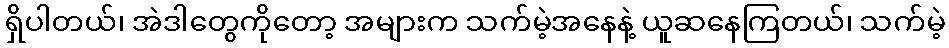
ရှိပါတယ်၊ အဲဒါတွေကိုတော့ အများက သက်မဲ့အနေနဲ့ ယူဆနေကြတယ်၊ သက်မဲ့